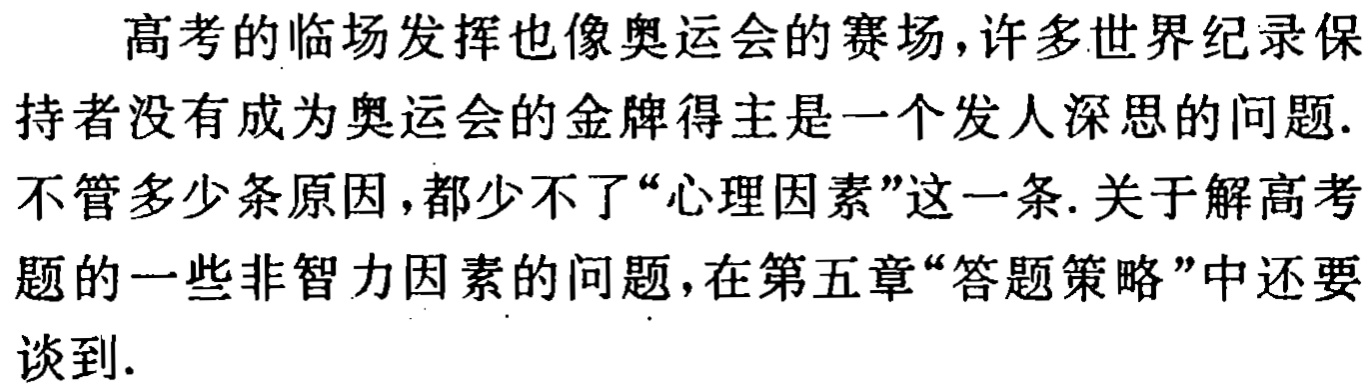
高考的临场发挥也像奥运会的赛场,许多世界纪录保持者没有成为奥运会的金牌得主是一个发人深思的问题.不管多少条原因,都少不了“心理因素”这一条.关于解高考题的一些非智力因素的问题,在第五章“答题策略”中还要谈到.